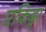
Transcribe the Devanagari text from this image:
एकिड्ना